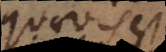
quaevis est